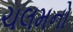
ચલમનો